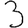
Digit: 3